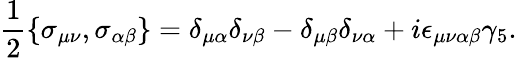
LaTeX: \frac{1}{2}\left\{ \sigma_{\mu\nu},\sigma_{\alpha\beta}\right\} =\delta_{\mu\alpha}\delta_{\nu\beta}-\delta_{\mu\beta}\delta_{\nu\alpha}+i\epsilon_{\mu\nu\alpha\beta}\gamma_{5}.